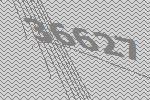
36627